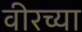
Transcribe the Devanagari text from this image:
वीरच्या